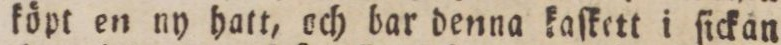
köpt en ny hatt, och bar denna kaſkett i ſickan